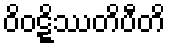
ဝိဝဋ္ဋိဿတိပီတိ